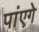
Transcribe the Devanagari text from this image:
पांएगे